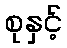
စုနှင့်